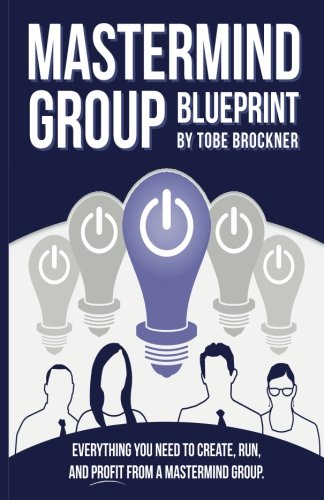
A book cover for Mastermind Group Blueprint: How to Start, Run, and Profit from Mastermind Groups; Tobe Brockner; Business & Money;